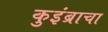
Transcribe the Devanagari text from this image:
कुइंब्राचा